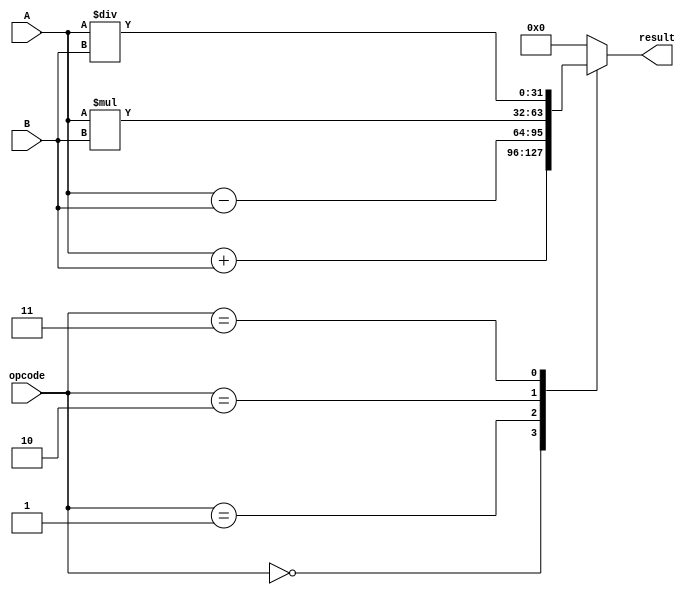
module ALU (
    input [31:0] A,
    input [31:0] B,
    input [2:0] opcode,
    output reg [31:0] result
);

always @(*)
begin
    case(opcode)
        3'b000: result = A + B; // addition
        3'b001: result = A - B; // subtraction
        3'b010: result = A * B; // multiplication
        3'b011: result = A / B; // division
        default: result = 32'd0; // default case
    endcase
end

endmodule